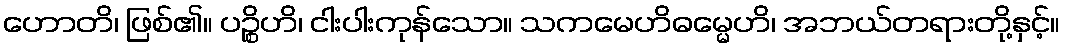
ဟောတိ၊ ဖြစ်၏။ ပဉ္စိဟိ၊ ငါးပါးကုန်သော။ သကမေဟိဓမ္မေဟိ၊ အဘယ်တရားတို့နှင့်။